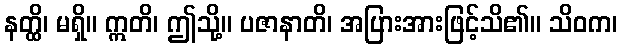
နတ္ထိ၊ မရှိ။ ဣတိ၊ ဤသို့။ ပဇာနာတိ၊ အပြားအားဖြင့်သိ၏။ သိဝက၊